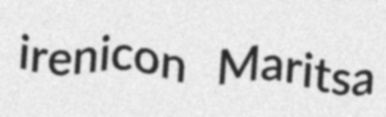
irenicon Maritsa